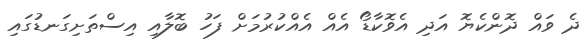
ދެ ވައް ދޮންކެޔޮ އަދި އެވޮކާޑޯ އެއް އެއްކުރުމަށް ފަހު ބޮލާއި އިސްތަށިގަނޑުގައި